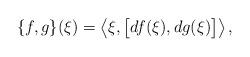
LaTeX: \begin{align*} \{f,g\}(\xi)=\bigl\langle\xi,\bigl[df(\xi),dg(\xi)\bigr]\bigr\rangle\,, \end{align*}